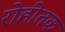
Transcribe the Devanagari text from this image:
रोहीतक